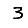
Digit: 3